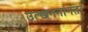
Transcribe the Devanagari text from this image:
उत्खननांनंतर